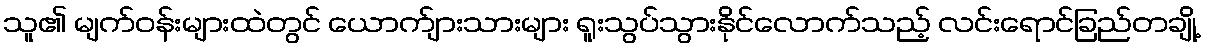
သူ၏ မျက်ဝန်းများထဲတွင် ယောက်ျားသားများ ရူးသွပ်သွားနိုင်လောက်သည့် လင်းရောင်ခြည်တချို့